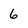
Character: 6